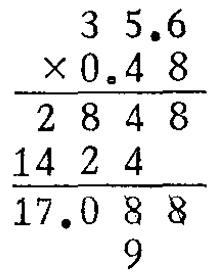
\[
\begin{array}{c}
35.6 \\
\times 0.48 \\
\hline
2848 \\
1424 \\
\hline
17.0889
\end{array}
\]